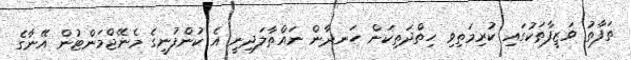
ތަފާތު ވަޒީފާތަކުގައި ކުރިމަތިވި ހިތްދަތިކަން ހަނދާން ނައްތާލަދިނީ އެ ކުންފުނީގެ މެނޭޖްމަންޓުން އޭނާގެ